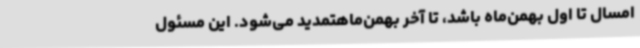
امسال تا اول بهمن‌ماه باشد، تا آخر بهمن‌ماهتمدید می‌شود. این مسئول